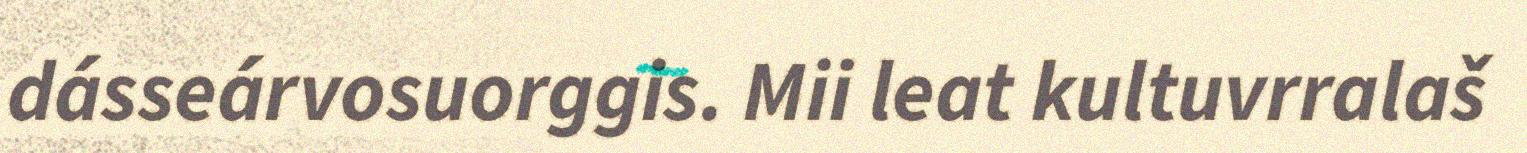
dásseárvosuorggis. Mii leat kultuvrralaš